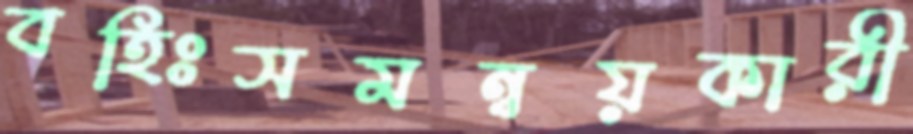
বহিঃসমন্বয়কারী